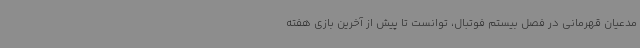
مدعیان قهرمانی در فصل بیستم فوتبال، توانست تا پیش از آخرین بازی هفته